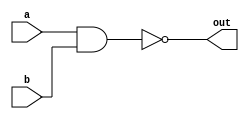
module nand_gate(a,b,out);
    input a;
    input b;
    output out;

    assign out = ~(a & b);
endmodule